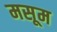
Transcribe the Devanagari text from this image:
मसूम